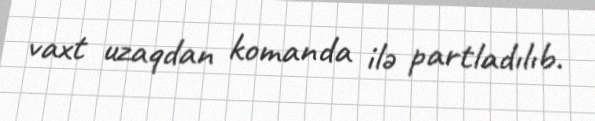
vaxt uzaqdan komanda ilə partladılıb.